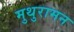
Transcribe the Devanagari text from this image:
मुथुरामन